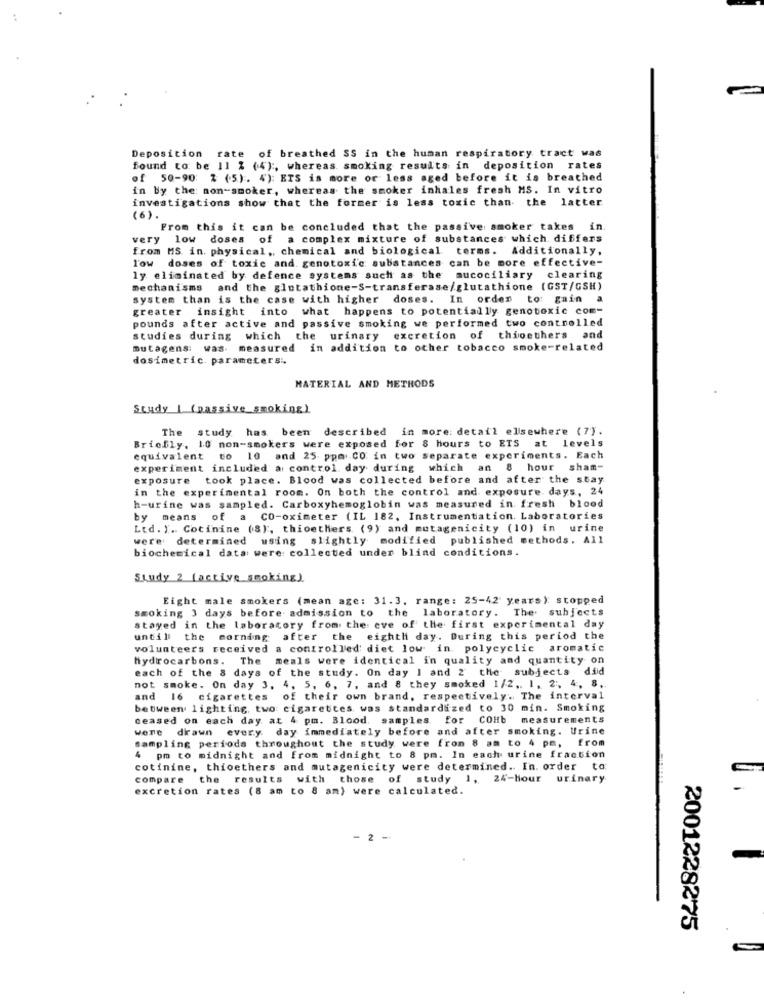
Deposition rate of breathed SS in the human respiratory tract was
found to be 11 % (4) :, whereas smoking results in deposition rates
of 50-90: 2 (5) . 4): ETS is more or less aged before it is breathed
in by the non-smoker, whereas the smoker inhales fresh MS. In vitro
investigations show that the former is less toxic than the latter
(6).
From this it can be concluded that the passive smoker takes in.
very low doses of a complex mixture of substances which differs
from MS in. physical ,, chemical and biological terms. Additionally,
low doses of toxic and genotoxic substances can be more effective-
ly eliminated by defence systems such as the mucociliary clearing
mechanisms and the glutathione-S-transferase/glutathione (GST/GSH)
system than is the case with higher doses. In order to gain a
greater insight into what happens to potentially genotoxic com-
pounds after active and passive smoking we performed two controlled
studies during which the urinary excretion of thioethers and
mutagens: was measured in addition to other tobacco smoke-related
dosimetric. parametersi,
MATERIAL AND METHODS
Study | (passive_smoking)
The study has been described in more detail elsewhere (7).
Briefly. 10 non-smokers were exposed for 8 hours to ETS at levels
equivalent to 10 and 25 ppm .. CO in two separate experiments. Each
experiment included a control day during which an 8 hour sham-
exposure took place. Blood was collected before and after the stay
in the experimental room. On both the control and exposure. days, 24
h-urine was sampled. Carboxyhemoglobin was measured in fresh blood
by means of a CO-oximeter (IL 182. Instrumentation. Laboratories
Ltd. I. Cotinine (8), thioethers (9) and mutagenicity (10) in urine
were determined using slightly modified published methods. All
biochemical data were collected under blind conditions.
Study 2 [active smoking)
Eight male smokers (mean age: 31.3. range: 25-42' years): stopped
smoking 3 days before admission to the laboratory. The subjects
stayed in the laboratory from the eve of the first experimental day
untill the morning after the eighth day. During this period the
volunteers received a controlled diet low in polycyclic aromatic
hydrocarbons.
The meals were identical in quality and quantity on
each of the 8 days of the study. On day 1 and 2 the subjects did
not smoke. On day 3, 4, 5, 6, 7, and 8 they smoked 1/2 .. 1, 2, 4, 8.
and 16 cigarettes of their own brand, respectively. The interval
between lighting, two cigarettes was standardized to 30 min. Smoking
ceased on each day at 4 pm. Blood. samples. for COHb measurements
were drawn every day immediately before and after smoking. Urine
sampling periods throughout the study were from 8 am to 4 pm, from
4 pm to midnight and from midnight to 8 pm. In each urine fraction
cotinine, thioethers and mutagenicity were determined .. In. order to:
compare the results with those of study 1, 24-hour urinary
excretion rates (8 am to 8 am) were calculated.
2 -
2001228275